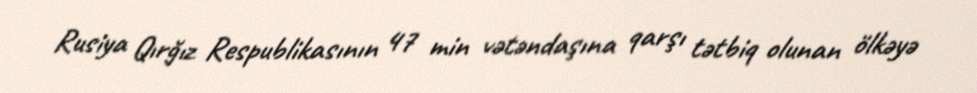
Rusiya Qırğız Respublikasının 47 min vətəndaşına qarşı tətbiq olunan ölkəyə